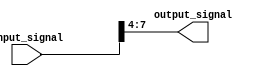
module bit_select_assign (
    input [7:0] input_signal,
    output reg [3:0] output_signal
);

always @* begin
    // Assign specific bit or range of bits from input_signal to output_signal
    output_signal[3:0] = input_signal[7:4]; // Select bits 7 to 4 from input_signal and assign to output_signal
end

endmodule